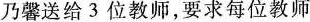
乃馨送给3位教师，要求每位教师